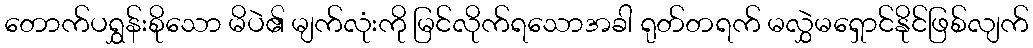
တောက်ပရွှန်းစိုသော မိပဲ၏ မျက်လုံးကို မြင်လိုက်ရသောအခါ ရုတ်တရက် မလွှဲမရှောင်နိုင်ဖြစ်လျက်